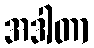
အဒါတာ